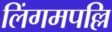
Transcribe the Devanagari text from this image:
लिंगमपल्लि